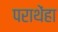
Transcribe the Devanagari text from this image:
पराथेंहा